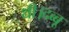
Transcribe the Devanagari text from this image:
थी।दब्बू